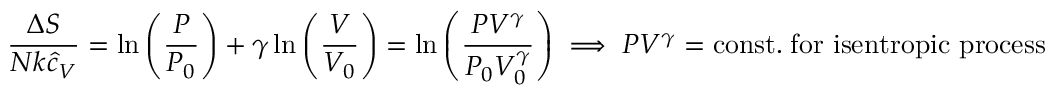
{ \frac { \Delta S } { N k { \hat { c } } _ { V } } } = \ln \left( { \frac { P } { P _ { 0 } } } \right) + \gamma \ln \left( { \frac { V } { V _ { 0 } } } \right) = \ln \left( { \frac { P V ^ { \gamma } } { P _ { 0 } V _ { 0 } ^ { \gamma } } } \right) \implies P V ^ { \gamma } = \mathrm { c o n s t . } \; { \mathrm { f o r ~ i s e n t r o p i c ~ p r o c e s s } }